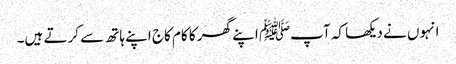
انہوں نے دیکھا کہ آپﷺ اپنے گھر کا کام کاج اپنے ہاتھ سے کرتے ہیں۔